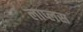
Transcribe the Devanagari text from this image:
लाप्लस